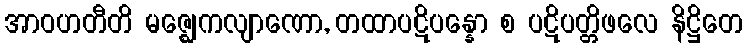
အာဝဟတီတိ မဇ္ဈေကလျာဏော, တထာပဋိပန္နော စ ပဋိပတ္တိဖလေ နိဋ္ဌိတေ